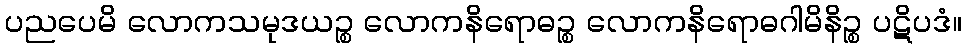
ပညပေမိ လောကသမုဒယဉ္စ လောကနိရောဓဉ္စ လောကနိရောဓဂါမိနိဉ္စ ပဋိပဒံ။